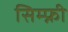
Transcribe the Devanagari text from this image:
सिम्फ्नी